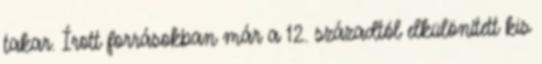
takar. Írott forrásokban már a 12. századtól elkülönített kis